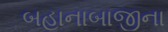
બહાનાબાજીના